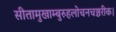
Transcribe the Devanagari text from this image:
सीतामुखाम्बुरुहलोचनचञ्चरीक।